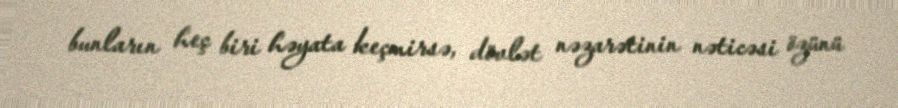
bunların heç biri həyata keçmirsə, dövlət nəzarətinin nəticəsi özünü